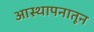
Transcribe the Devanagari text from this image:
आस्थापनातून